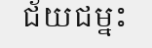
ជ័យជម្នះ